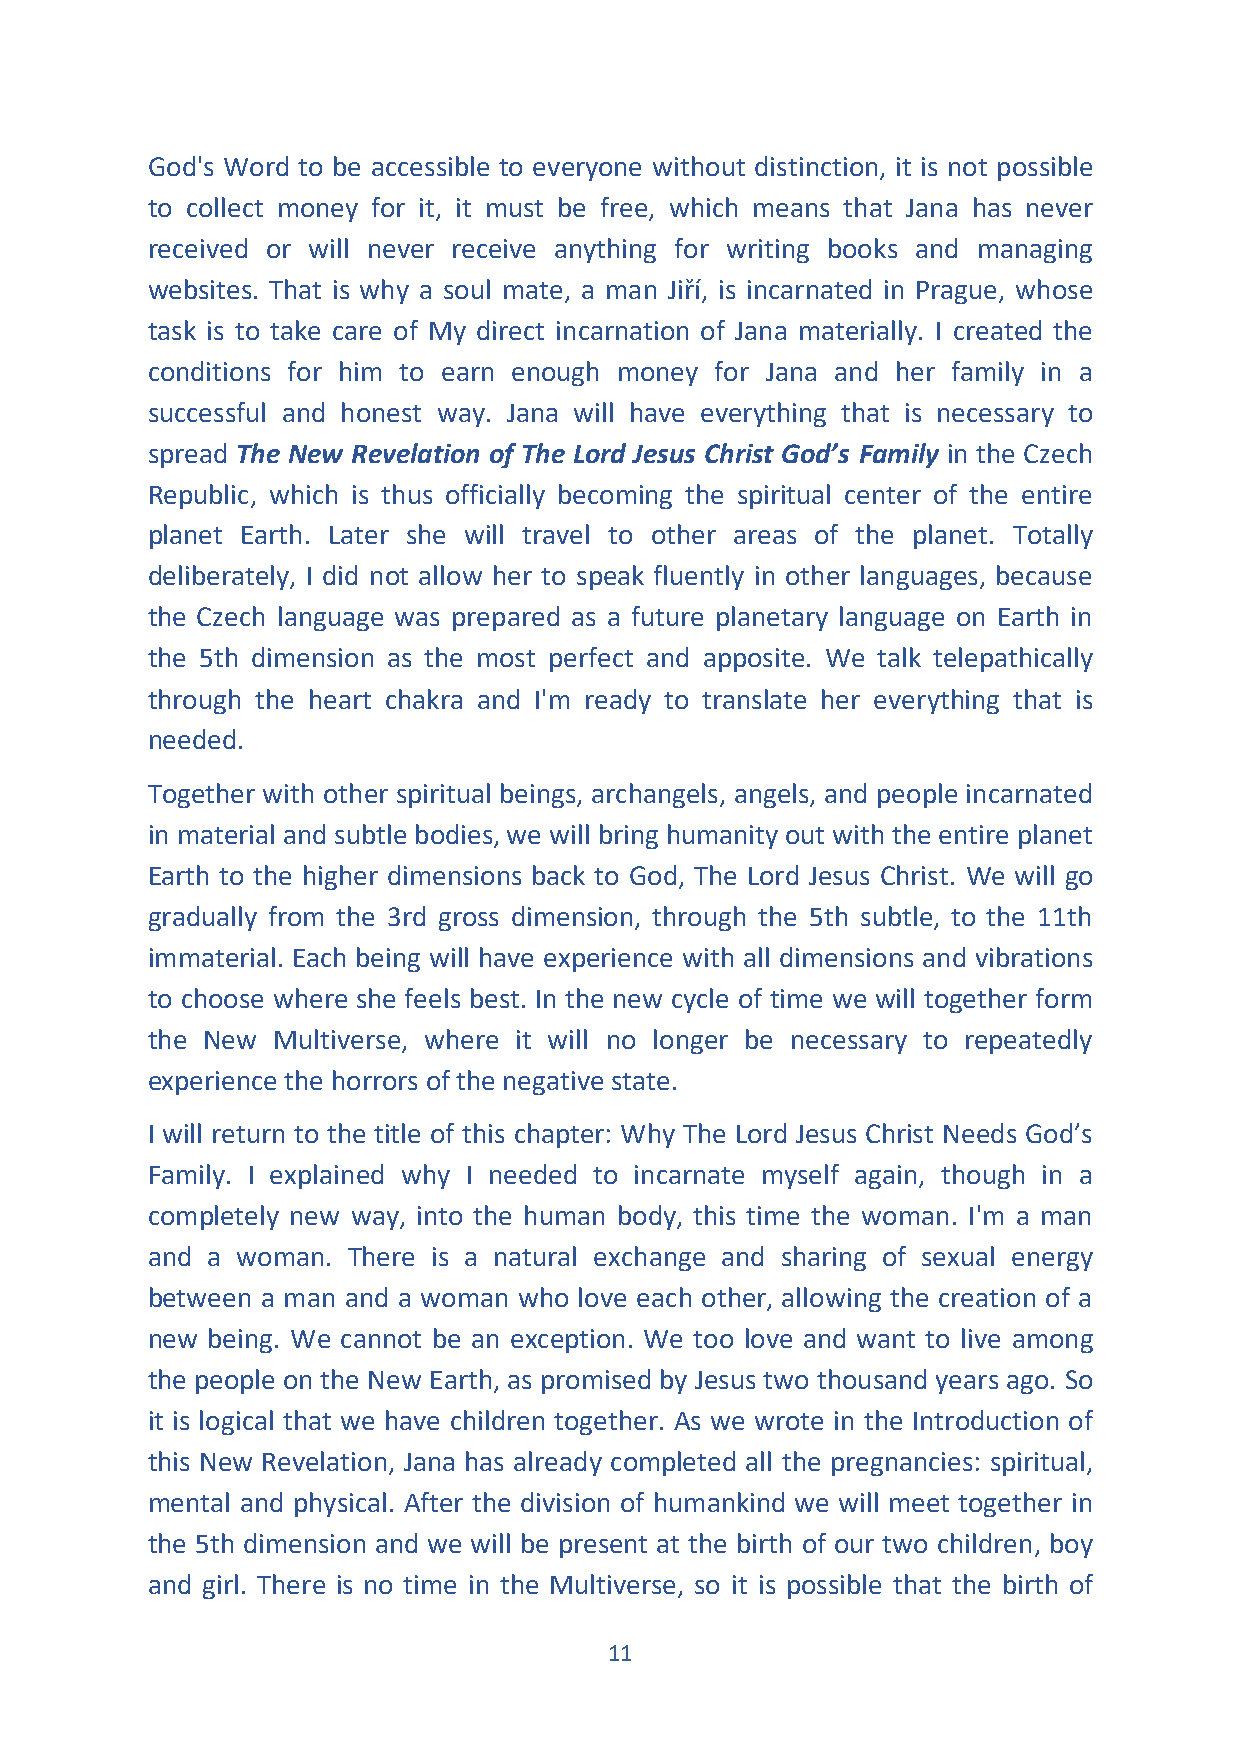
God's Word to be accessible to everyone without distinction, it is not possible
 to collect money for it, it must be free, which means that Jana has never
 received or will never receive anything for writing books and managing
 websites. That is why a soul mate, a man Jiří, is incarnated in Prague, whose
 task is to take care of My direct incarnation of Jana materially. I created the
 conditions for him to earn enough money for Jana and her family in a
 successful and honest way. Jana will have everything that is necessary to
 spread The New Revelation of The Lord Jesus Christ God’s Family in the Czech
 Republic, which is thus officially becoming the spiritual center of the entire
 planet Earth. Later she will travel to other areas of the planet. Totally
 deliberately, I did not allow her to speak fluently in other languages, because
 the Czech language was prepared as a future planetary language on Earth in
 the 5th dimension as the most perfect and apposite. We talk telepathically
 through the heart chakra and I'm ready to translate her everything that is
 needed.
 Together with other spiritual beings, archangels, angels, and people incarnated
 in material and subtle bodies, we will bring humanity out with the entire planet
 Earth to the higher dimensions back to God, The Lord Jesus Christ. We will go
 gradually from the 3rd gross dimension, through the 5th subtle, to the 11th
 immaterial. Each being will have experience with all dimensions and vibrations
 to choose where she feels best. In the new cycle of time we will together form
 the New Multiverse, where it will no longer be necessary to repeatedly
 experience the horrors of the negative state.
 I will return to the title of this chapter: Why The Lord Jesus Christ Needs God’s
 Family. I explained why I needed to incarnate myself again, though in a
 completely new way, into the human body, this time the woman. I'm a man
 and a woman. There is a natural exchange and sharing of sexual energy
 between a man and a woman who love each other, allowing the creation of a
 new being. We cannot be an exception. We too love and want to live among
 the people on the New Earth, as promised by Jesus two thousand years ago. So
 it is logical that we have children together. As we wrote in the Introduction of
 this New Revelation, Jana has already completed all the pregnancies: spiritual,
 mental and physical. After the division of humankind we will meet together in
 the 5th dimension and we will be present at the birth of our two children, boy
 and girl. There is no time in the Multiverse, so it is possible that the birth of
 11